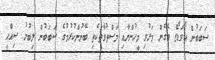
ސަބަބުން އޯވަޑޯޒް ވެގެން މަރުވި މީހުންނާއި މަސްތުވާތަކެތި ބޭނުންކުރުމުގެ ސަބަބުން ލިބުނު ސިއްޙީ